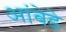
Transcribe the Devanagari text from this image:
आंबेडे